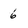
Character: 6